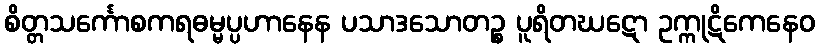
စိတ္တသင်္ကောစကရဓမ္မပ္ပဟာနေန ပသာဒသောတဉ္စ ပူရိတဃဋော ဥက္ကုဋိကေနေဝ